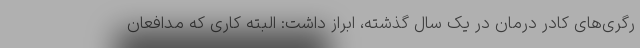
رگری‌های کادر درمان در یک سال گذشته، ابراز داشت: البته کاری که مدافعان